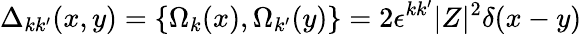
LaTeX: \Delta_{kk^{\prime}}(x,y)=\{ \Omega_{k}(x),\Omega_{k^{\prime}}(y)\} =2\epsilon^{kk^{\prime}}|Z|^{2}\delta(x-y)